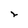
Character: r